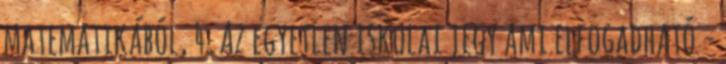
matematikából, 4. Az egyetlen iskolai jegy ami elfogadható -